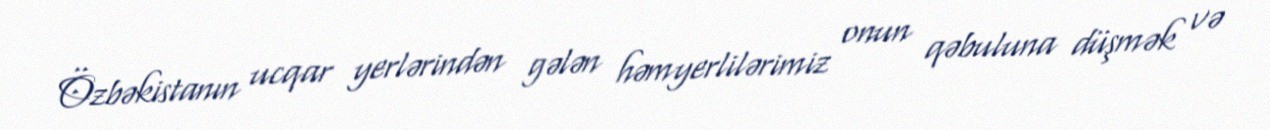
Özbəkistanın ucqar yerlərindən gələn həmyerlilərimiz onun qəbuluna düşmək və